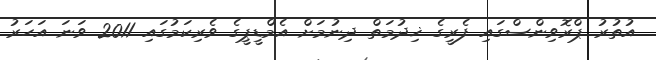
އުތުރު ޕްރޮވިންސްގައި ފެރީގެ ޚިދުމަތް ދިނުމަށް އެމްޑީޕީގެ ވެރިކަމުގައި 2011 ވަނަ އަހަރު